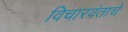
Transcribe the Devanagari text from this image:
विचारवंताचे